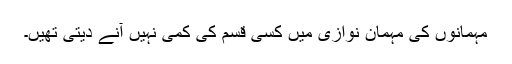
مہمانوں کی مہمان نوازی میں کسی قسم کی کمی نہیں آنے دیتی تھیں۔